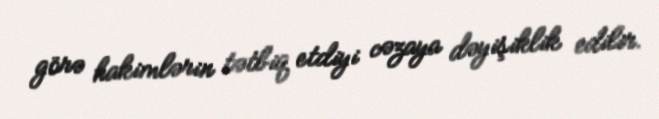
görə hakimlərin tətbiq etdiyi cəzaya dəyişiklik edilir.